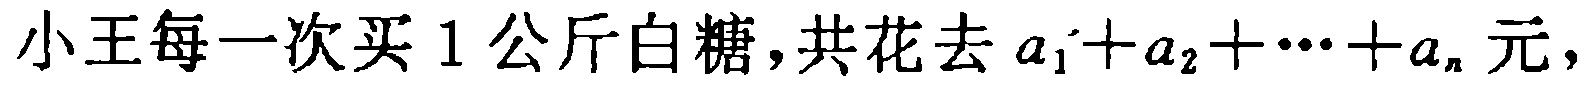
小王每一次买 1 公斤白糖,共花去 \(a_{1}+a_{2}+\cdots +a_{n}\) 元，